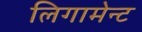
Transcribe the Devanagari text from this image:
लिगामेन्ट